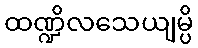
ထဏ္ဍိလသေယျမ္ပိ